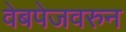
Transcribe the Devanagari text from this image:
वेबपेजवरुन